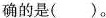
确的是()。